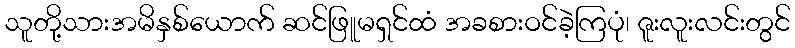
သူတို့သားအမိနှစ်ယောက် ဆင်ဖြူမရှင်ထံ အခစားဝင်ခဲ့ကြပုံ၊ ဇူးလူးလင်းတွင်